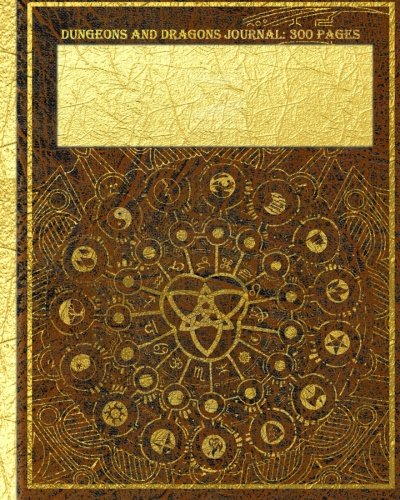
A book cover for Dungeons and Dragons Journal: 300 Pages; Catherine Thrush; Calendars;